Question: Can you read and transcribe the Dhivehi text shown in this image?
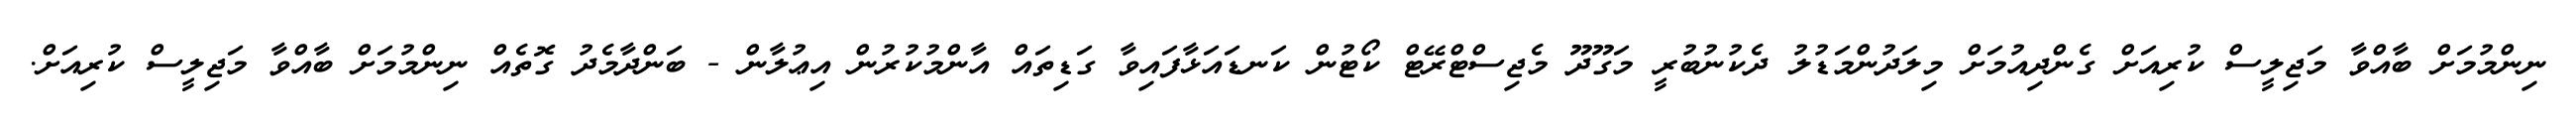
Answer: ނިންމުމަށް ބާއްވާ މަޖިލީސް ކުރިއަށް ގެންދިއުމަށް މިލަދުންމަޑުލު ދެކުނުބުރީ މަގޫދޫ މެޖިސްޓްރޭޓް ކޯޓުން ކަނޑައަޅާފައިވާ ގަޑިތައް އާންމުކުރުން އިޢުލާން - ބަންދާމެދު ގޮތެއް ނިންމުމަށް ބާއްވާ މަޖިލީސް ކުރިއަށް.